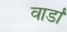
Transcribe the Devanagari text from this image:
वार्डा